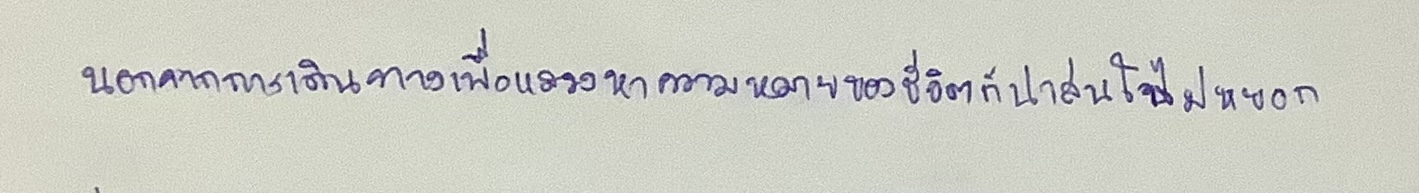
นอกจากนี้การเดินทางเพื่อแสวงหาความหมายของชีวิตก็น่าสนใจไม่หยอก